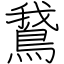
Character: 鵞